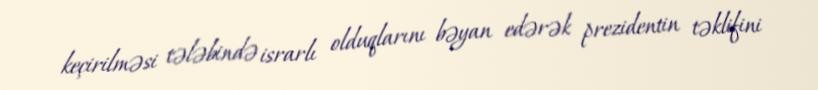
keçirilməsi tələbində israrlı olduqlarını bəyan edərək prezidentin təklifini